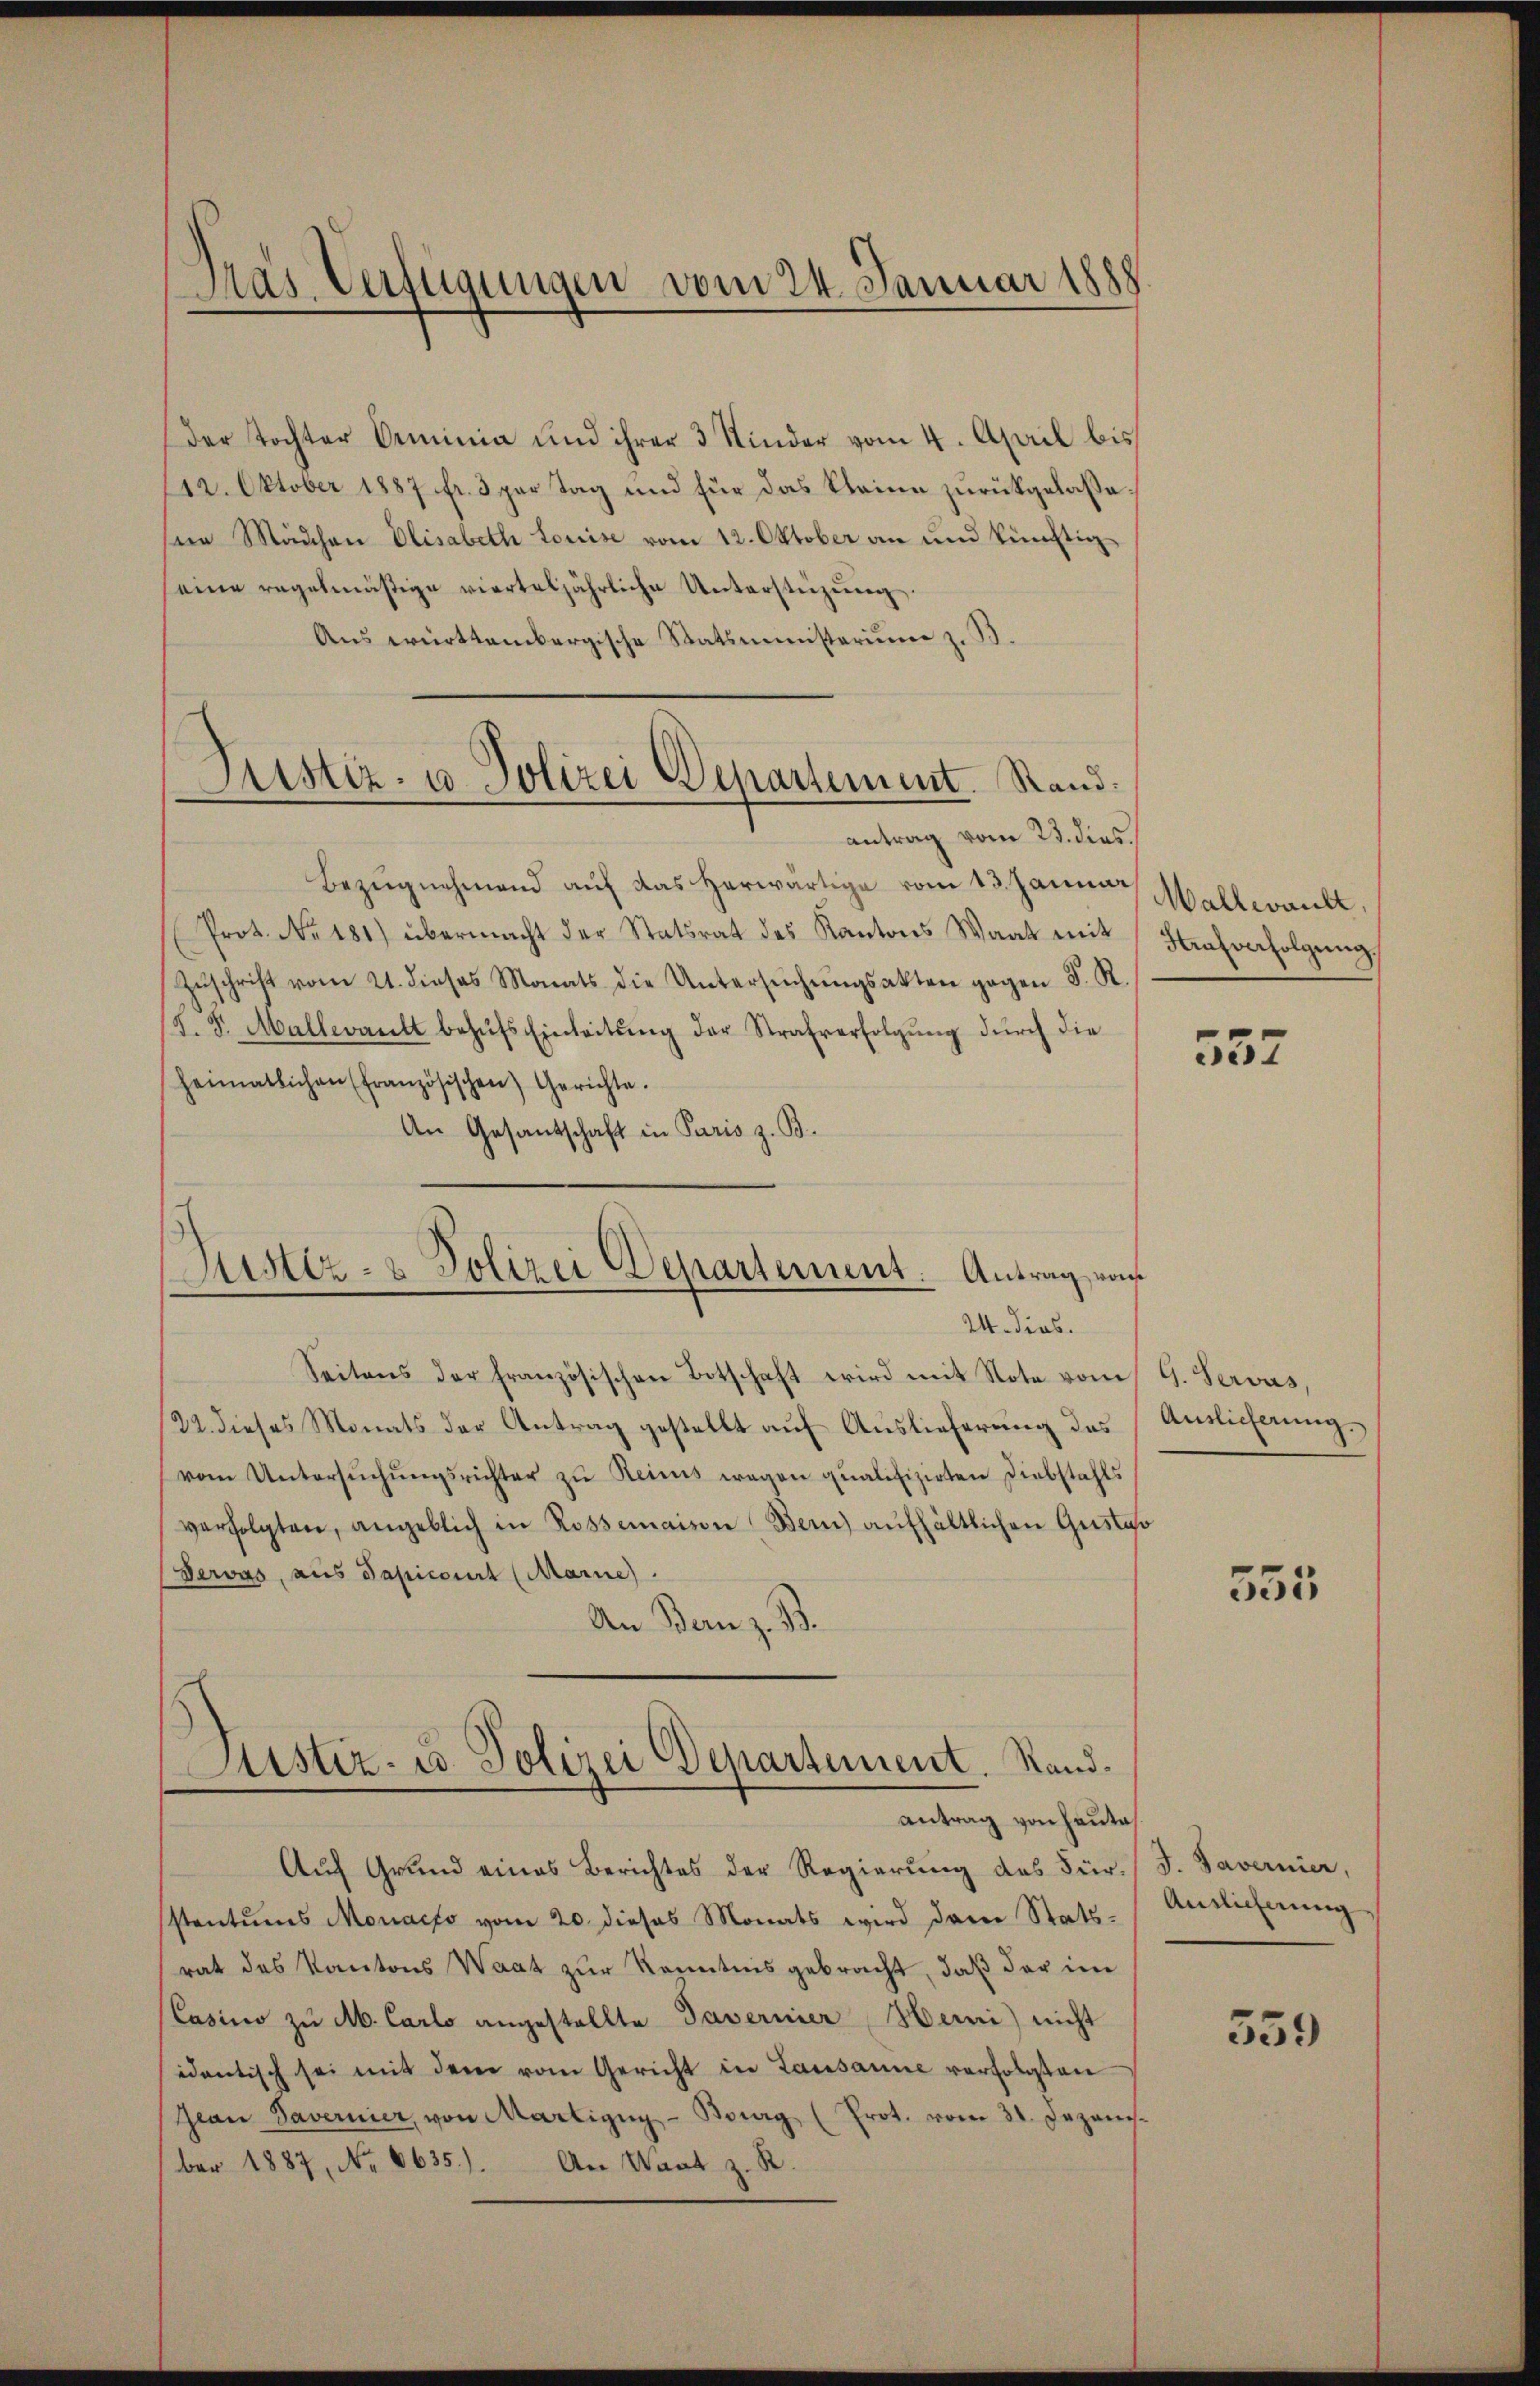
der Tochter Seminia und ihrer 3 Kinder vom 4. April bis
112. Oktober 1887 fr. 3 par Tag und für das Kleine zurückgelassesie Mädchen Elisabeth Louise vom 12. Oktober an und künftig
eine regelmäßige vierteljährliche Unterstüzung.
Aus württembergische Statsministerium z. B.

Gras Verfügungen vom 24. Januar 188

Justiz- u Polizei Departement. Stand.

Zustiz- & Polizei Departement. Antrag von

antrag vom 23. dies

Bezŭgnehmend auf das herwärtige vom 13. Januar Mallwankt,
Prot. No. 181) übermacht der Statsrat des Kantons Waat mit Strafverfolgŭng,
Zŭschrift vom 21. dieses Monats die Untersŭchŭngsakten gegen S. R.
(F. S. Mallwantt behŭfs Einleitŭng der Strafverfolgŭng dŭrch die
heimatlichen (französischen Gerichte.
An Gesantschaft in Paris z. B.
24. dies.
Seitens der französischen Botschaft wird mit Note vom 9. Servus,
22. dieses Monats der Antrag gestellt auf Auslieferung des
vom Untersŭchŭngsrichter zu Reines wegen qualifizirten Diebstahls
verfolgten, angeblich in Rossemaison Bern) aufhältlichen Gustaso
Dervas, aus Papicorirt (Marie
An Bern z. B.

Justiz- u. Polizei Departement. Standantrag von Hauta
Auf Grund eines Berichtes der Regierung des Für¬

sstantums Moracso vom 20. dieses Monats wird dann Statsrat des Kantons Waat zur Kenntnis gebracht, daß der im
Casino zu M. Carlo angestellte Tavernier Heini) nicht
sidentisch sei mit dem vom Gericht in Lausanne verfolgten
Jean Savernier, von Martigŭg-Bourg (Prot. vom 31. Jezani-
ber 1887, No 6635). An Wart z. R.

537

Auslieferung.

555

J. Tavernier,
Antlicherung

559